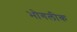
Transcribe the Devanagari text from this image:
भोगलीक